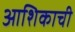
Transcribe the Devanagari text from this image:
आशिकाची